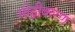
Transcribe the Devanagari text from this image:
मीट्रीकरण